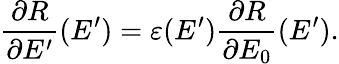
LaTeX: {\frac{\partial R}{\partial E^{\prime}}(E^{\prime})}=\varepsilon(E^{\prime}){\frac{\partial R}{\partial E_{0}}(E^{\prime})}.